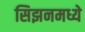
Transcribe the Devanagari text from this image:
सिझनमध्ये